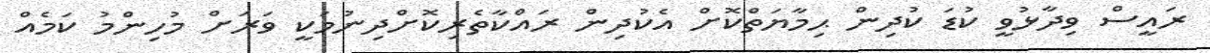
ރައީސް ވިދާޅުވީ ކުޑަ ކުދިން ޙިމާޔަތްކޮށް އެކުދިން ރައްކާތެރިކޮށްދިނުމަކީ ވަރަށް މުހިންމު ކަމެއް